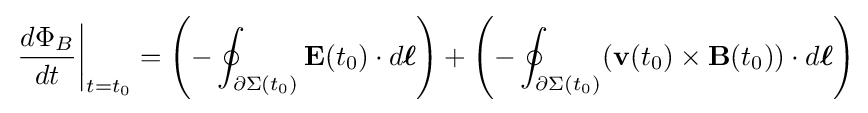
\left.{\frac {d\Phi _{B}}{dt}}\right|_{t=t_{0}}=\left(-\oint _{\partial \Sigma (t_{0})}\mathbf {E} (t_{0})\cdot d{\boldsymbol {\ell }}\right)+\left(-\oint _{\partial \Sigma (t_{0})}(\mathbf {v} (t_{0})\times \mathbf {B} (t_{0}))\cdot d{\boldsymbol {\ell }}\right)